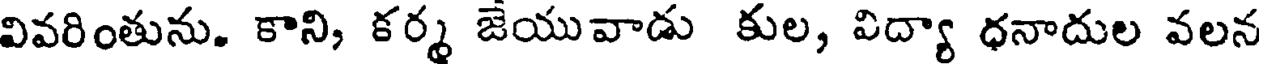
వివరింతును. కాని, కర్మ జేయువాడు కుల, విద్యా ధనాదుల వలన